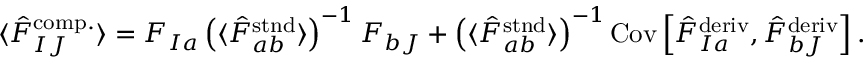
\begin{array} { r } { \langle \hat { F } _ { I J } ^ { \mathrm { c o m p . } } \rangle = F _ { I a } \left( \langle \hat { F } _ { a b } ^ { \mathrm { s t n d } } \rangle \right) ^ { - 1 } F _ { b J } + \left( \langle \hat { F } _ { a b } ^ { \mathrm { s t n d } } \rangle \right) ^ { - 1 } \mathrm { C o v } \left[ \hat { F } _ { I a } ^ { \mathrm { d e r i v } } , \hat { F } _ { b J } ^ { \mathrm { d e r i v } } \right] . } \end{array}